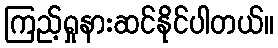
ကြည့်ရှုနားဆင်နိုင်ပါတယ်။